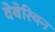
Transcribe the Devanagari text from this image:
वेबेरियन